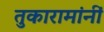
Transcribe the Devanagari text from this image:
तुकारामांनीं